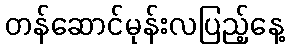
တန်ဆောင်မုန်းလပြည့်နေ့